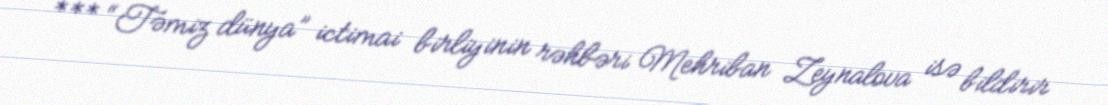
*** “Təmiz dünya” ictimai birliyinin rəhbəri Mehriban Zeynalova isə bildirir